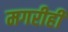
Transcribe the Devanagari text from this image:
मगरीही